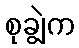
စုချွဲက